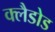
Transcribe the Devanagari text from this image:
क्लैडोड